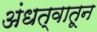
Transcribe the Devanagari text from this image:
अंधत्वातून